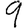
Digit: 9